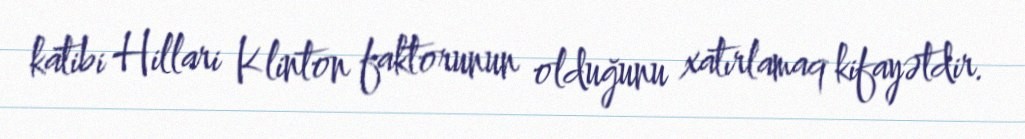
katibi Hillari Klinton faktorunun olduğunu xatırlamaq kifayətdir.